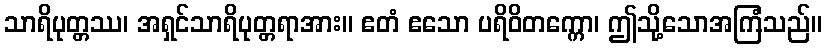
သာရိပုတ္တဿ၊ အရှင်သာရိပုတ္တရာအား။ ဧတံ ဧသော ပရိဝိတက္ကော၊ ဤသို့သောအကြံသည်။